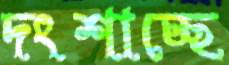
দংশাচ্ছে